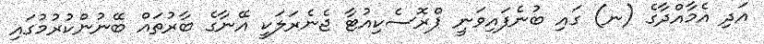
އަދި އެމާއްދާގެ (ނ) ގައި ބުނެފައިވަނީ ޕްރޮސެކިއުޓާ ޖެނެރަލަކީ އޭނާގެ ބާރުތައް ބޭނުންކުރުމުގައި